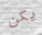
يكن